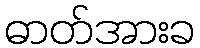
ဓာတ်အားခ